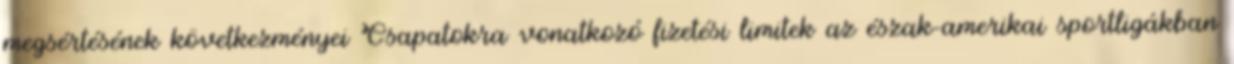
megsértésének következményei Csapatokra vonatkozó fizetési limitek az észak-amerikai sportligákban